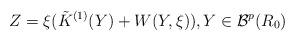
LaTeX: \begin{align*} Z= \xi (\tilde { K}^{(1)}(Y) + W(Y,\xi)), Y \in {\mathcal B}^p(R_0)\end{align*}